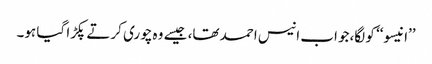
’’انیسو‘‘ کو لگا،جو اب انیس احمد تھا، جیسے وہ چوری کرتے پکڑا گیا ہو۔